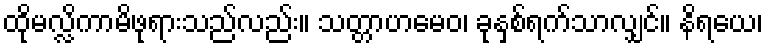
ထိုမလ္လိကာမိဖုရားသည်လည်း။ သတ္တာဟမေဝ၊ ခုနှစ်ရက်သာလျှင်။ နိရယေ၊